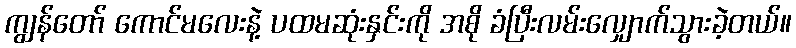
ကျွန်တော် ကောင်မလေးနဲ့ ပထမဆုံးနှင်းကို အစို ခံပြီးလမ်းလျှောက်သွားခဲ့တယ်။